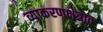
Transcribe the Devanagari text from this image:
व्याकरणक्षेत्रात